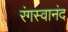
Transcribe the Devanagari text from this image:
रंगस्वानंद